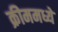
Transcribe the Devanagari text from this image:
क्रीममध्ये